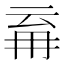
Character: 𭁪